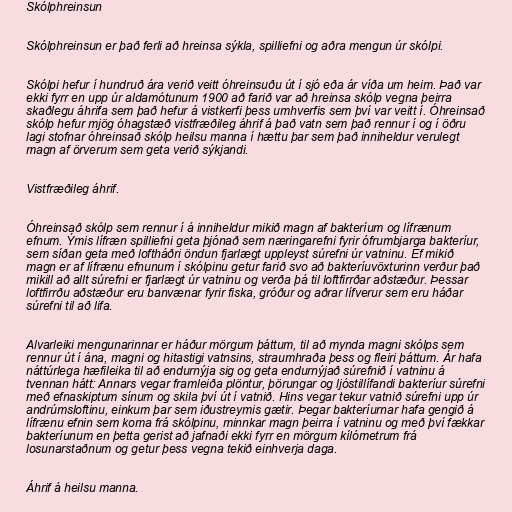
Skólphreinsun

Skólphreinsun er það ferli að hreinsa sýkla, spilliefni og aðra mengun úr skólpi.

Skólpi hefur í hundruð ára verið veitt óhreinsuðu út í sjó eða ár víða um heim. Það var
ekki fyrr en upp úr aldamótunum 1900 að farið var að hreinsa skólp vegna þeirra
skaðlegu áhrifa sem það hefur á vistkerfi þess umhverfis sem því var veitt í. Óhreinsað
skólp hefur mjög óhagstæð vistfræðileg áhrif á það vatn sem það rennur í og í öðru
lagi stofnar óhreinsað skólp heilsu manna í hættu þar sem það inniheldur verulegt
magn af örverum sem geta verið sýkjandi.

Vistfræðileg áhrif.

Óhreinsað skólp sem rennur í á inniheldur mikið magn af bakteríum og lífrænum
efnum. Ýmis lífræn spilliefni geta þjónað sem næringarefni fyrir ófrumbjarga bakteríur,
sem síðan geta með loftháðri öndun fjarlægt uppleyst súrefni úr vatninu. Ef mikið
magn er af lífrænu efnunum í skólpinu getur farið svo að bakteríuvöxturinn verður það
mikill að allt súrefni er fjarlægt úr vatninu og verða þá til loftfirrðar aðstæður. Þessar
loftfirrðu aðstæður eru banvænar fyrir fiska, gróður og aðrar lífverur sem eru háðar
súrefni til að lifa.

Alvarleiki mengunarinnar er háður mörgum þáttum, til að mynda magni skólps sem
rennur út í ána, magni og hitastigi vatnsins, straumhraða þess og fleiri þáttum. Ár hafa
náttúrlega hæfileika til að endurnýja sig og geta endurnýjað súrefnið í vatninu á
tvennan hátt: Annars vegar framleiða plöntur, þörungar og ljóstillífandi bakteríur súrefni
með efnaskiptum sínum og skila því út í vatnið. Hins vegar tekur vatnið súrefni upp úr
andrúmsloftinu, einkum þar sem iðustreymis gætir. Þegar bakteríurnar hafa gengið á
lífrænu efnin sem koma frá skólpinu, minnkar magn þeirra í vatninu og með því fækkar
bakteríunum en þetta gerist að jafnaði ekki fyrr en mörgum kílómetrum frá
losunarstaðnum og getur þess vegna tekið einhverja daga.

Áhrif á heilsu manna.